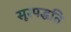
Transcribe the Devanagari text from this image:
सूरपद्धति